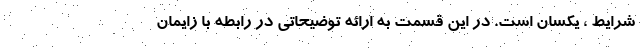
شرایط ، یکسان است. در این قسمت به ارائه توضیحاتی در رابطه با زایمان